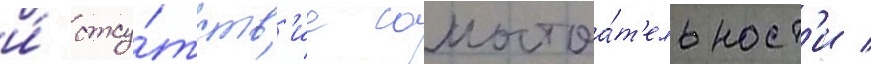
и́ отсу́тств'ие самостоа́т'ельност'и /